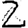
Digit: 2